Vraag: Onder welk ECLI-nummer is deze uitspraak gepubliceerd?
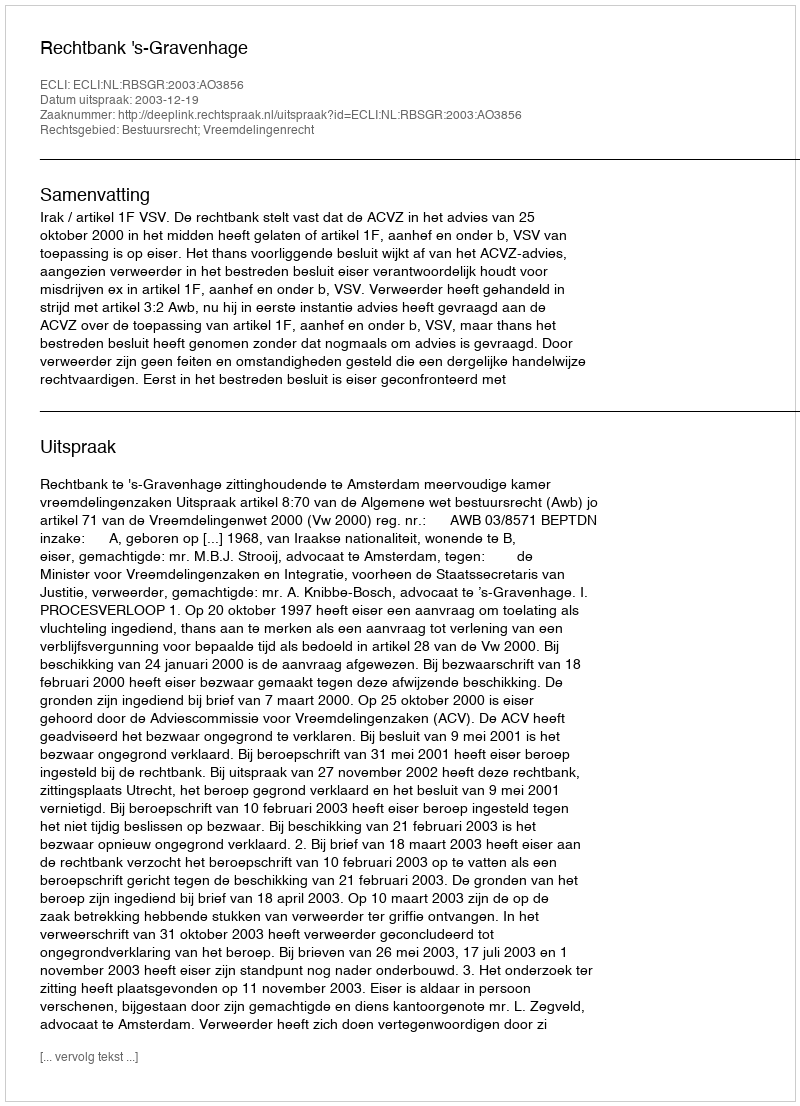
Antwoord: ECLI:NL:RBSGR:2003:AO3856